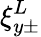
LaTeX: \xi_{y\pm}^{L}